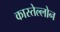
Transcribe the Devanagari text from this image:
कास्तेल्लोन